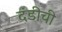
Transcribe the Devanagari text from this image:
दंडीची